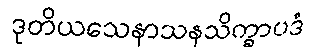
ဒုတိယသေနာသနသိက္ခာပဒံ